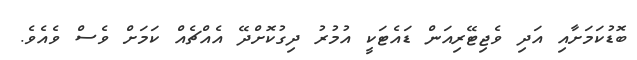
ބޮޑުކަމަށާއި އަދި ވެޖިޓޭރިއަން ޑައެޓަކީ އުމުރު ދިގުކޮށްދޭ އެއްޗެއް ކަމަށް ވެސް ވެއެވެ.